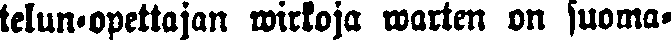
telun-opettajan wirkoja warten on suoma-